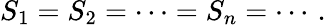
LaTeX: S_{1}=S_{2}=\cdots=S_{n}=\cdots\, .